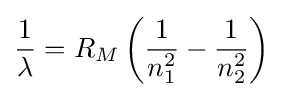
{\frac {1}{\lambda }}=R_{M}\left({\frac {1}{n_{1}^{2}}}-{\frac {1}{n_{2}^{2}}}\right)